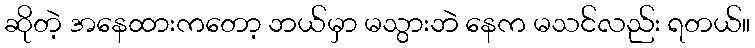
ဆိုတဲ့ အနေထားကတော့ ဘယ်မှာ မသွားဘဲ နေက မသင်လည်း ရတယ်။